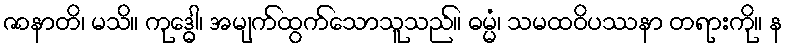
ဇာနာတိ၊ မသိ။ ကုဒ္ဓေါ၊ အမျက်ထွက်သောသူသည်။ ဓမ္မံ၊ သမထဝိပဿနာ တရားကို။ န